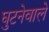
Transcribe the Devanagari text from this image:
घुटनेवाले